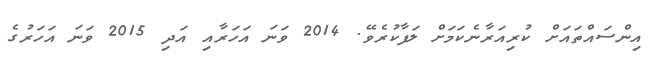
އިންސައްތައަށް ކުރިއަރާނެކަމަށް ލަފާކުރެވޭ. 2014 ވަނަ އަހަރާއި އަދި 2015 ވަނަ އަހަރުގެ